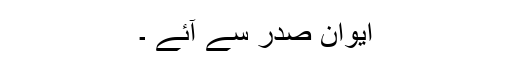
ایوان صدر سے آئے ۔